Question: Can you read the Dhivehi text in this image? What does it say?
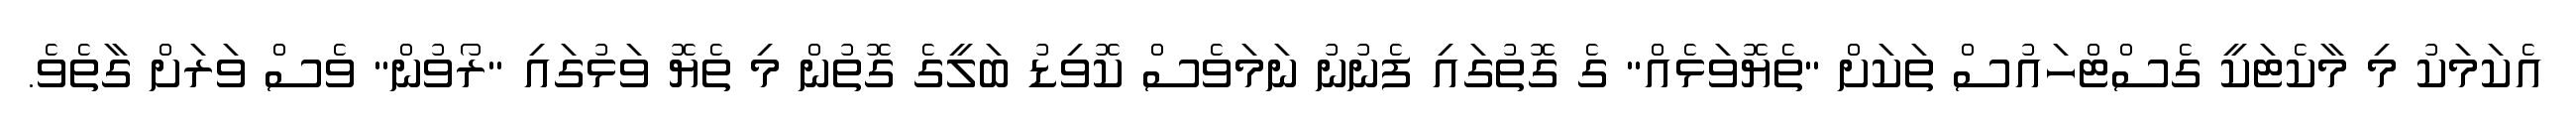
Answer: އެކަމަކު މި މާކެޓަކީ ގެސްޓްހައުސް ތަކަށް "ތެޔޮވަޅެއް" ގެ ގޮތުގައި ފެނުނު ނަމަވެސް ކޮވިޑު ބަލީގެ ގޮތުން މި ތެޔޮ ވަޅުގައި "ރޯވުން" ވެސް ވަރަށް ގާތެވެ.